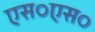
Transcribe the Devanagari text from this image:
एस०एस०